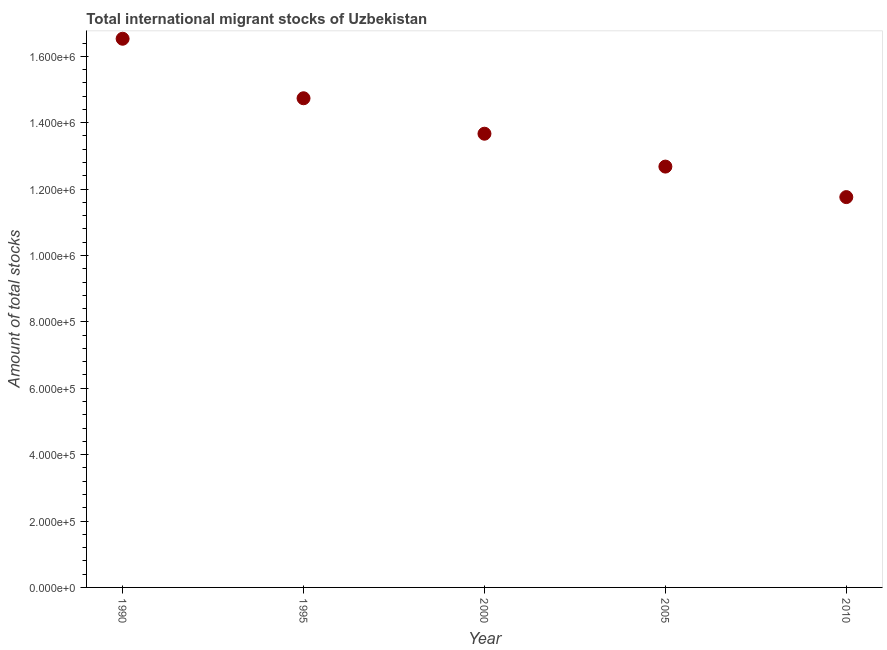
| Year | International migrant stock |
 | --- | --- |
 | 1990 | 1.65e+06 |
 | 1995 | 1.47e+06 |
 | 2000 | 1.37e+06 |
 | 2005 | 1.27e+06 |
 | 2010 | 1.18e+06 |